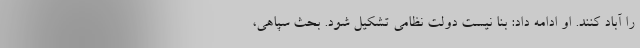
را آباد کنند. او ادامه داد: بنا نیست دولت نظامی تشکیل شود. بحث سپاهی،